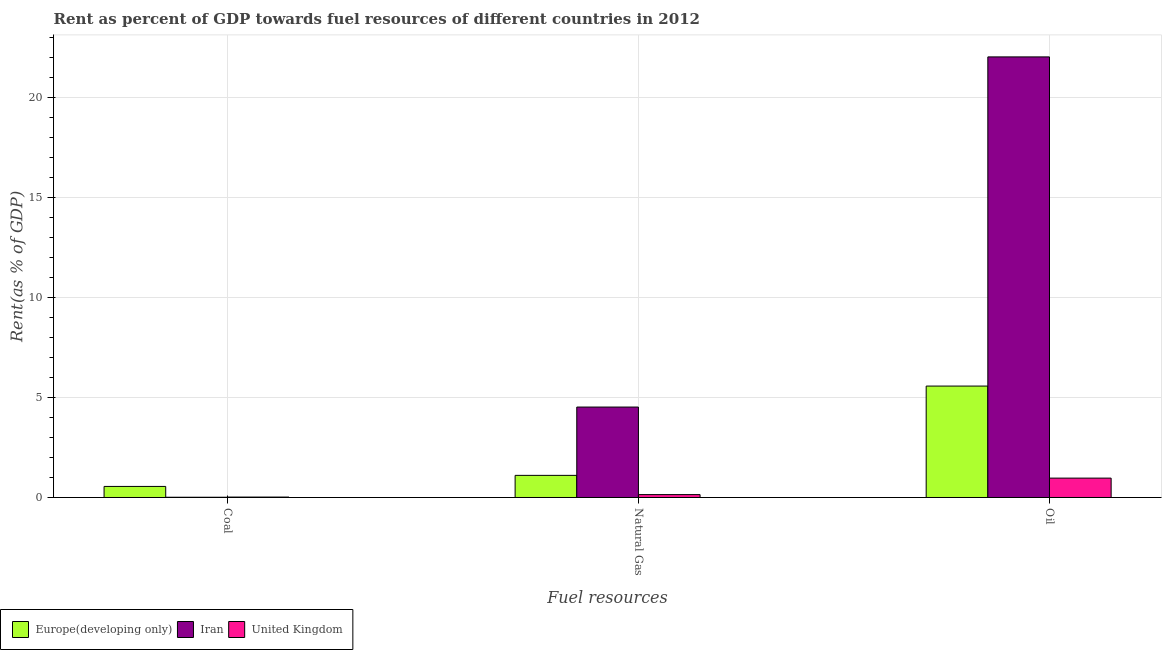
| Fuel resources | Europe(developing only) | Iran | United Kingdom |
 | --- | --- | --- | --- |
 | Coal | 0.554 | 0.012 | 0.0211 |
 | Natural Gas | 1.11 | 4.53 | 0.145 |
 | Oil | 5.58 | 22.1 | 0.97 |